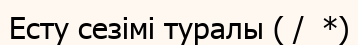
Есту сезімі туралы ( /  *)